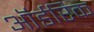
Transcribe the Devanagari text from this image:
ऑर्डरिक